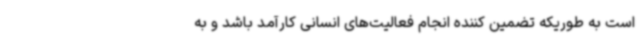
است به طوریکه تضمین کننده انجام فعالیت‌های انسانی کارآمد باشد و به